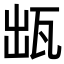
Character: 𤬷